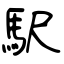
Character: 駅